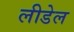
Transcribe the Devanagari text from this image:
लीडेल